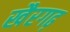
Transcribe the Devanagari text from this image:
खैरगढ़